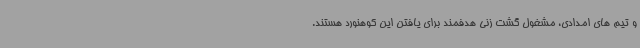
و تیم های امدادی، مشغول گشت زنی هدفمند برای یافتن این کوهنورد هستند.